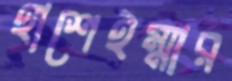
হাশেইম্মার